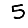
Digit: 5